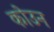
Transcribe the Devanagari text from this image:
कोउन